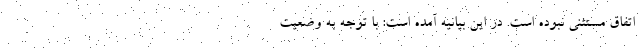
اتفاق مستثنی نبوده است. در این بیانیه آمده است:‌ با توجه به وضعیت